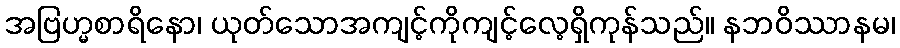
အဗြဟ္မစာရိနော၊ ယုတ်သောအကျင့်ကိုကျင့်လေ့ရှိကုန်သည်။ နဘဝိဿာနမ၊